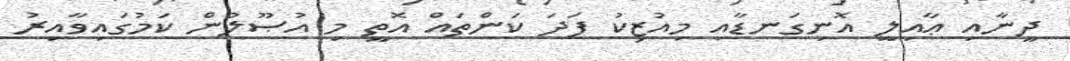
ދީނާއި ޢާއިިލީ އޮނިގަނޑާއި މިއުޒިކު ފަދަ ކަންތައް އޮތީ މި އުޞޫލުން ކަމުގައިވާއިރު